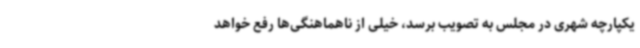
یکپارچه شهری در مجلس به تصویب برسد، خیلی از ناهماهنگی‌ها رفع خواهد